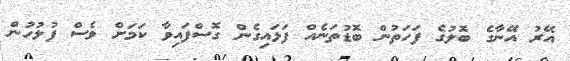
އޭރު އޭނާގެ ބޮލުގެ ފަހަތުން ބޮޑުތަނެއް ފަޅައިގެން ގޮސްފައިވާ ކަމަށް ވެސް ފުލުހުން